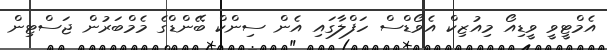
އެމްޓީވީ ވީޑިއޯ މިއުޒިކް އެވޯޑްސް ހަފްލާގައި އެން ސިންކް ބޭންޑްގެ މެމްބަރުން ޖަސްޓިން